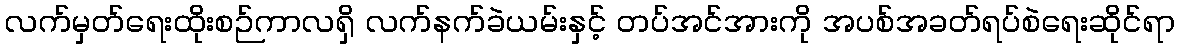
လက်မှတ်ရေးထိုးစဉ်ကာလရှိ လက်နက်ခဲယမ်းနှင့် တပ်အင်အားကို အပစ်အခတ်ရပ်စဲရေးဆိုင်ရာ